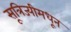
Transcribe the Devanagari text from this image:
सूत्रिज्यीमधून